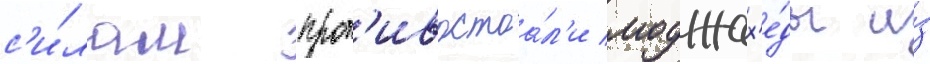
с'и́лам прот'ивостоа́л'и моджах'е́ды и́з